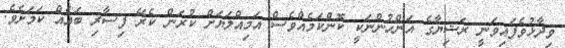
ވިދާޅުވެފައިވަނީ ރަޝިޔާގެ އަންހުންނަކީ ކޮންކަމެއްވެސް އަމިއްލަޔަށް ކުރަން ކެރޭ ފިސާރި ބައެއް ކަމަށެވެ.